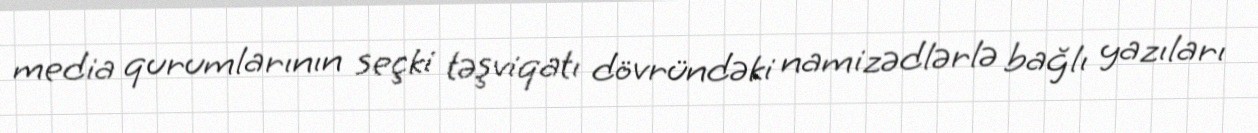
media qurumlarının seçki təşviqatı dövründəki namizədlərlə bağlı yazıları